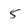
Character: 5